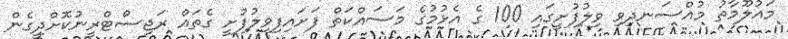
މައުލޫމާތު މުއްސަނދިވި ވިލުފުށީގައި 100 ގެ އެޅުމުގެ މަސައްކަތް ފަށައިފިވިލުފުށީ ގެތައް ރަޖިސްޓްރީނުކޮށްދީގެން